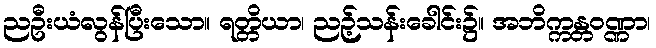
ညဦးယံလွန်ပြီးသော။ ရတ္တိယာ၊ ညဉ့်သန်းခေါင်း၌။ အဘိက္ကန္တဝဏ္ဏာ၊